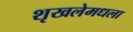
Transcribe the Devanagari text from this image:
शृखलेमधला